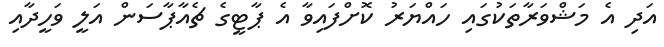
އަދި އެ މަޝްވަރާތަކުގައި ހައްޔަރު ކޮށްފައިވާ އެ ޕާޓީގެ ޗެއާޕާސަން އަލީ ވަހީދާއި